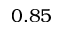
0 . 8 5